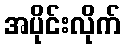
အပိုင်းလိုက်